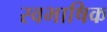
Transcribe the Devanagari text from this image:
स्वभाषिक